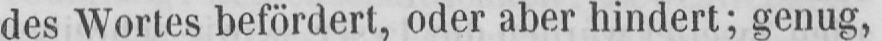
des Wortes befördert, oder aber hindert; genug,